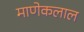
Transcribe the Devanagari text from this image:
माणेकलाल